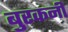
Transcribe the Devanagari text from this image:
बुरकनी